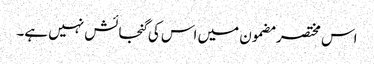
اس مختصر مضمون میں اس کی گنجائش نہیں ہے۔